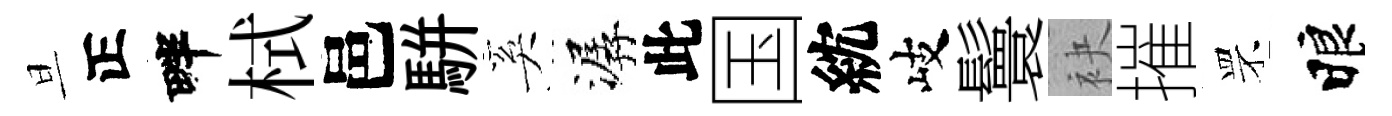
旦正畔栻邑駢奚潺此国紞岐鬟袂摧罘睱